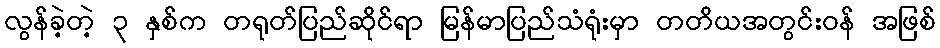
လွန်ခဲ့တဲ့ ၃ နှစ်က တရုတ်ပြည်ဆိုင်ရာ မြန်မာပြည်သံရုံးမှာ တတိယအတွင်းဝန် အဖြစ်